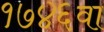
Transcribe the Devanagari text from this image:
१७४६वा